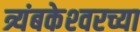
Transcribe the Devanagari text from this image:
त्र्यंबकेश्‍वरच्या